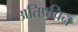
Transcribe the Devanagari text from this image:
अतिप्रचिन